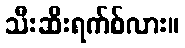
သီးဆီးရက်စ်လား။